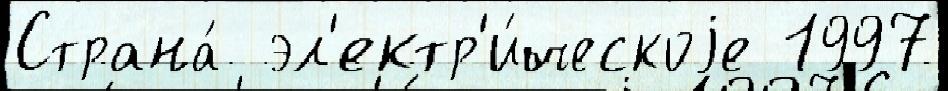
Страна́  эл'ектр'и́ческоjе 1997